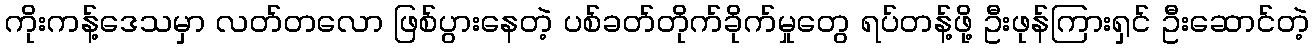
ကိုးကန့်ဒေသမှာ လတ်တလော ဖြစ်ပွားနေတဲ့ ပစ်ခတ်တိုက်ခိုက်မှုတွေ ရပ်တန့်ဖို့ ဦးဖုန်ကြားရှင် ဦးဆောင်တဲ့